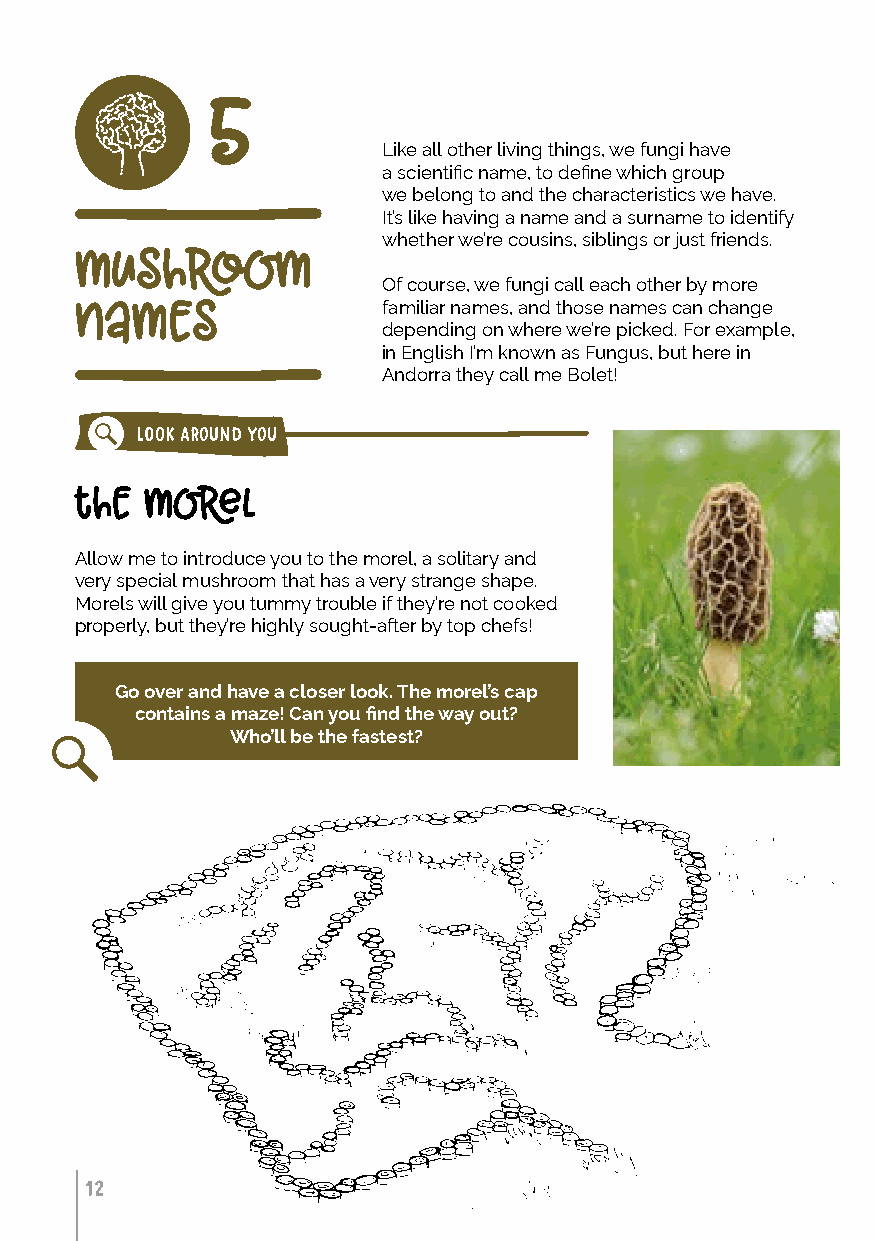
5
 Like all other living things, we fungi have
 a scientific name, to define which group
 we belong to and the characteristics we have.
 It’s like having a name and a surname to identify
 whether we’re cousins, siblings or just friends.
 mushroom
 Of course, we fungi call each other by more
 names               familiar names, and those names can change
 depending on where we’re picked. For example,
 in English I’m known as Fungus, but here in
 Andorra they call me Bolet!
 LOOK AROUND YOU
 the  morel
 Allow me to introduce you to the morel, a solitary and
 very special mushroom that has a very strange shape.
 Morels will give you tummy trouble if they’re not cooked
 properly, but they’re highly sought-after by top chefs!
 Go over and have a closer look. The morel’s cap
 contains a maze! Can you find the way out?
 Who’ll be the fastest?
 12